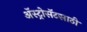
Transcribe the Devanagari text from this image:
ॲस्ट्रोसॅटसाठी